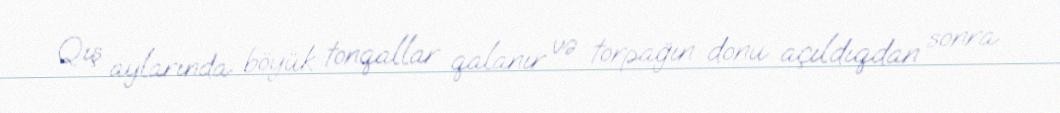
Qış aylarında böyük tonqallar qalanır və torpağın donu açıldıqdan sonra